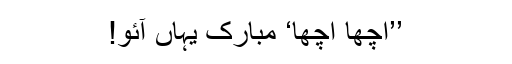
’’اچھا اچھا‘ مبارک یہاں آئو!